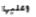
وعليها